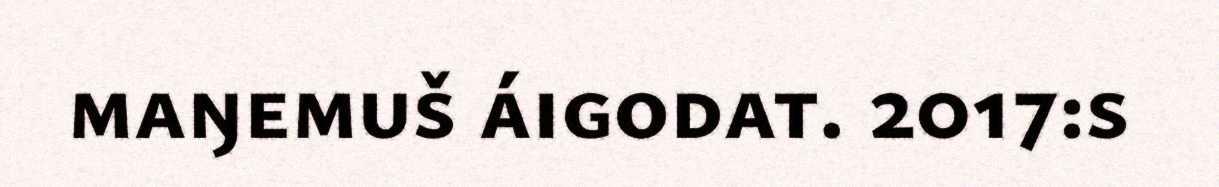
maŋemuš áigodat. 2017:s